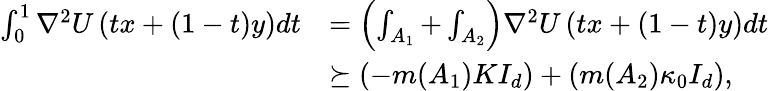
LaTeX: \begin{array}{rl}{\int_{0}^{1}\nabla^{2}U\left(tx+(1-t)y\right)dt}&{=\left(\int_{A_{1}}+\int_{A_{2}}\right)\nabla^{2}U\left(tx+(1-t)y\right)dt}\\ &{\succeq\left(-m(A_{1})KI_{d}\right)+\left(m(A_{2})\kappa_{0}I_{d}\right),}\end{array}